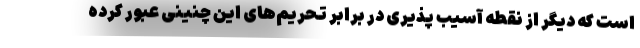
است که دیگر از نقطه آسیب پذیری در برابر تحریم‌های این چنینی عبور کرده